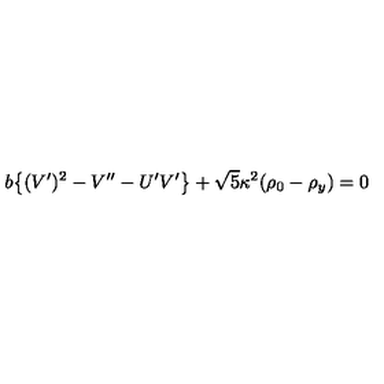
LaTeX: b \big \{ ( V ^ { \prime } ) ^ { 2 } - V ^ { \prime \prime } - U ^ { \prime } V ^ { \prime } \big \} + \sqrt { 5 } \kappa ^ { 2 } ( \rho _ { 0 } - \rho _ { y } ) = 0